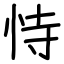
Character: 恃